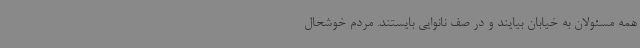
همه مسئولان به خیابان بیایند و در صف نانوایی بایستند. مردم خوشحال